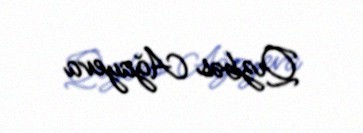
Qızbəs Ağayeva